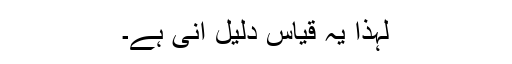
لہذا یہ قیاس دلیلِ انی ہے۔